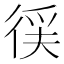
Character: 𭛳